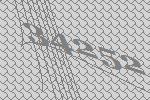
34252